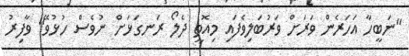
"ނަބީހާ އަހަރެން ވަރަށް ވަރުބަލިވެފައި މިއޮތީ ދެލޯ ރަނގަޅަށް ނުވެސް ހުޅުވޭ" ވާފިރު